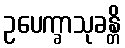
ဥပေက္ခာသုခန္တိ